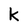
Character: k